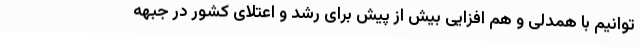
توانیم با همدلی و هم افزایی بیش از پیش برای رشد و اعتلای کشور در جبهه